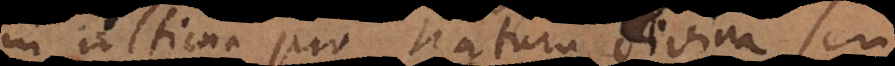
in ultima pro natura divina seu